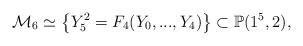
LaTeX: \begin{align*}\mathcal{M}_{6}\simeq\left\{ Y_{5}^{2}=F_{4}(Y_{0},...,Y_{4})\right\} \subset\mathbb{P}(1^{5},2),\end{align*}